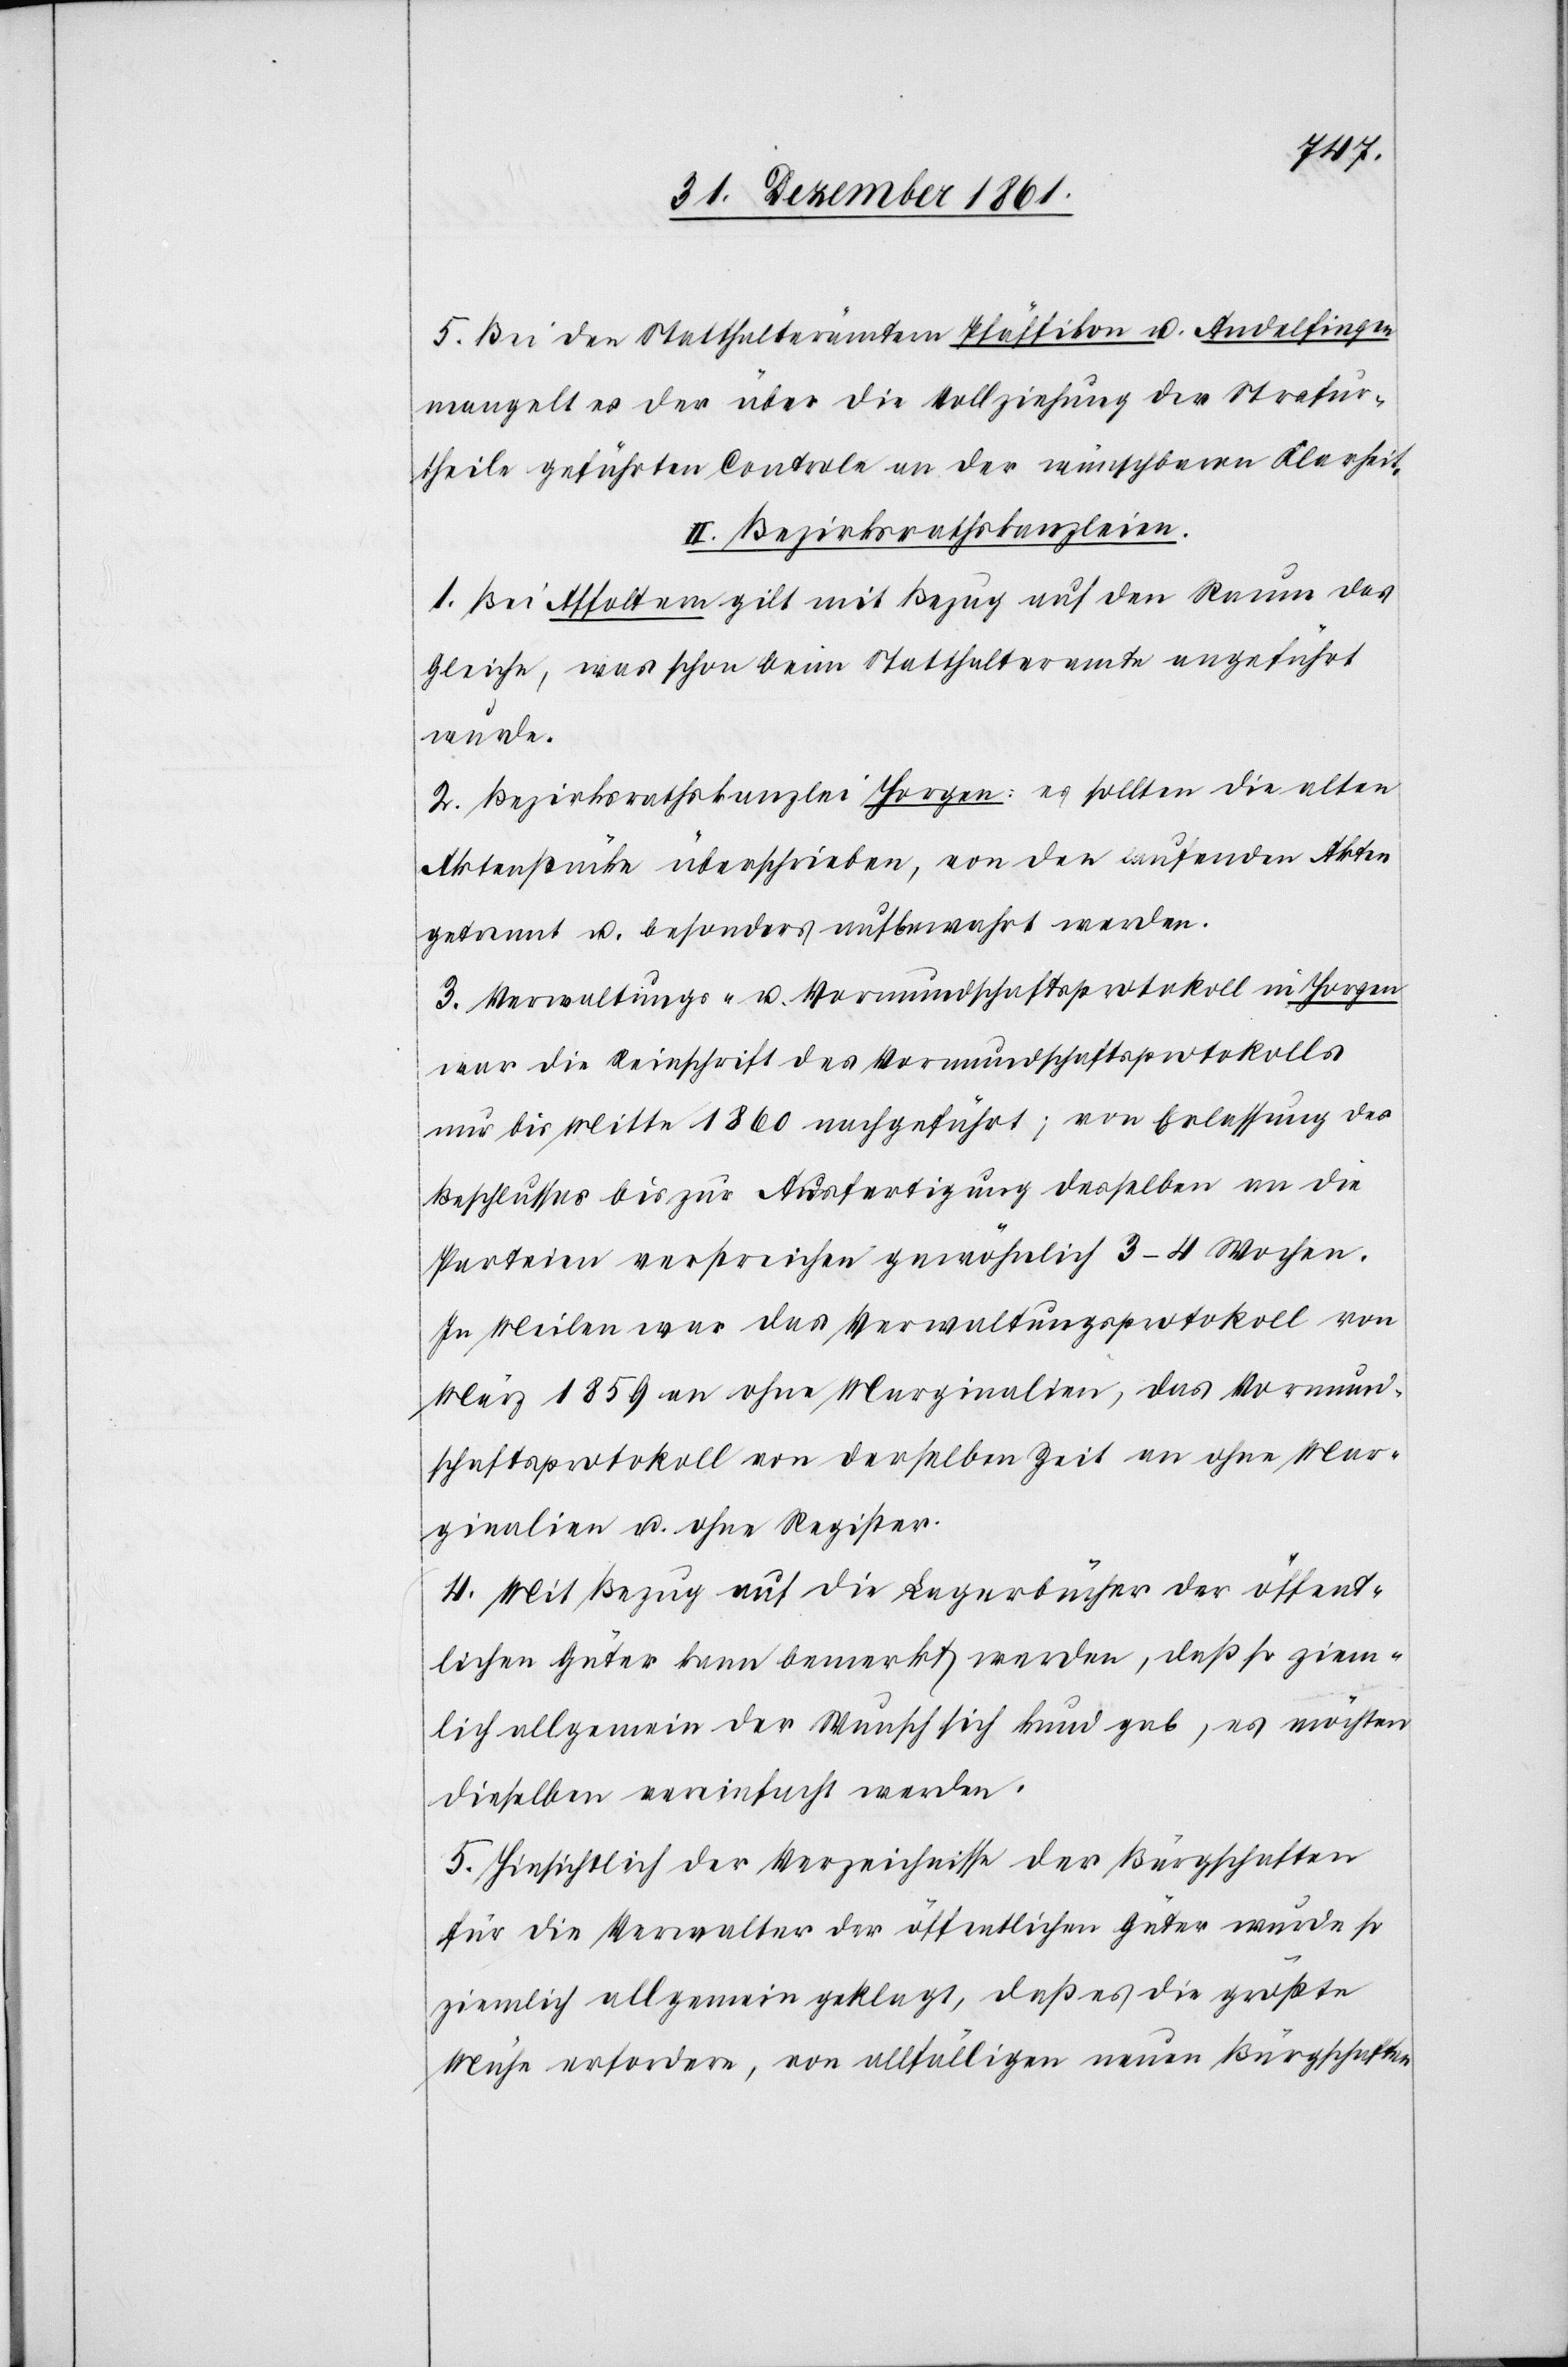
5. Bei den Statthalterämtern Pfäffikon u. Andelfingen
mangelt es der über die Vollziehung der Strafur¬
theile geführten Controle an der wünschbaren Klarheit.
II. Bezirksrathskanzleien.
1. Bei Affoltern gilt mit Bezug auf den Raum das
Gleiche, was schon beim Statthalteramte angeführt
wurde.
2. Bezirksrathskanzlei Horgen: es sollten die alten
Aktenstücke überschrieben, von den laufenden Akten
getrennt u. besonders aufbewahrt werden.
3. Verwaltungs- u. Vormundschaftsprotokoll in Horgen
war die Reinschrift des Vormundschaftsprotokolls
nur bis Mitte 1860 nachgeführt [sic!]; von Erlassung des
Beschlusses bis zur Ausfertigung desselben an die
Parteien verstrichen gewöhnlich 3–4 Wochen.
In Meilen war das Verwaltungsprotokoll von
März 1859 an ohne Marginalien, das Vormund¬
schaftsprotokoll von derselben Zeit an ohne Mar¬
ginalien u. ohne Register.
4. Mit Bezug auf die Lagerbücher der öffent¬
lichen Güter kann bemerkt werden, daß so ziem¬
lich allgemein der Wunsch sich kund gab, es möchten
dieselben vereinfacht werden.
5. Hinsichtlich der Verzeichnisse der Bürgschaften
für die Verwalter der öffentlichen Güter wurde so
ziemlich allgemein geklagt, daß es die größte
Mühe erfordere, von allfälligen neuen Bürgschaften